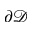
\partial \mathcal { D }